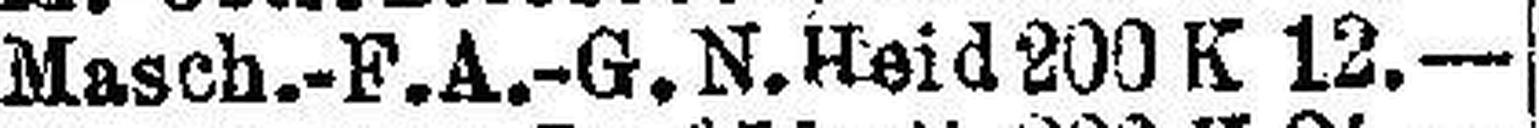
Masch.-F. A.-G. N. Heid 200 K 12.—